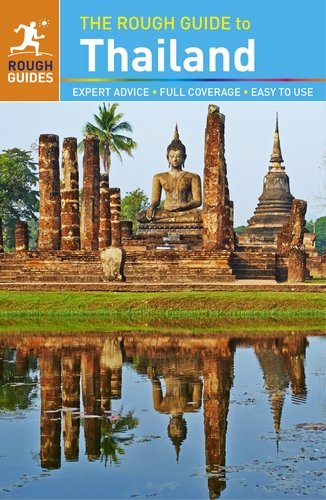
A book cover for The Rough Guide to Thailand; Rough Guides; Travel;